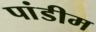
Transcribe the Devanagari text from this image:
पांडीम